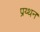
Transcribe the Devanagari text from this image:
प्रय्थन